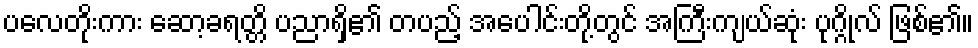
ပလေတိုးကား ဆော့ခရတ္တိ ပညာရှိ၏ တပည့် အပေါင်းတို့တွင် အကြီးကျယ်ဆုံး ပုဂ္ဂိုလ် ဖြစ်၏။